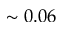
\sim 0 . 0 6